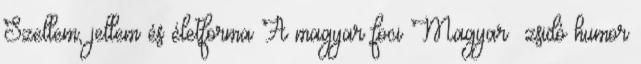
Szellem, jellem és életforma A magyar foci Magyar zsidó humor